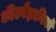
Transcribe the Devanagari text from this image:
कीटवैज्ञानिकों